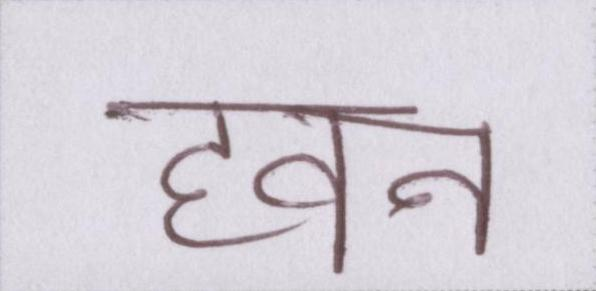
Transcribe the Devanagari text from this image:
हवन